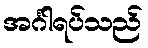
အင်္ဂါရပ်သည်